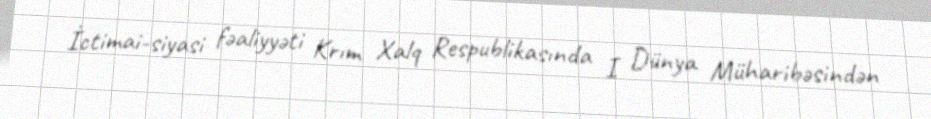
İctimai-siyasi fəaliyyəti Krım Xalq Respublikasında I Dünya Müharibəsindən